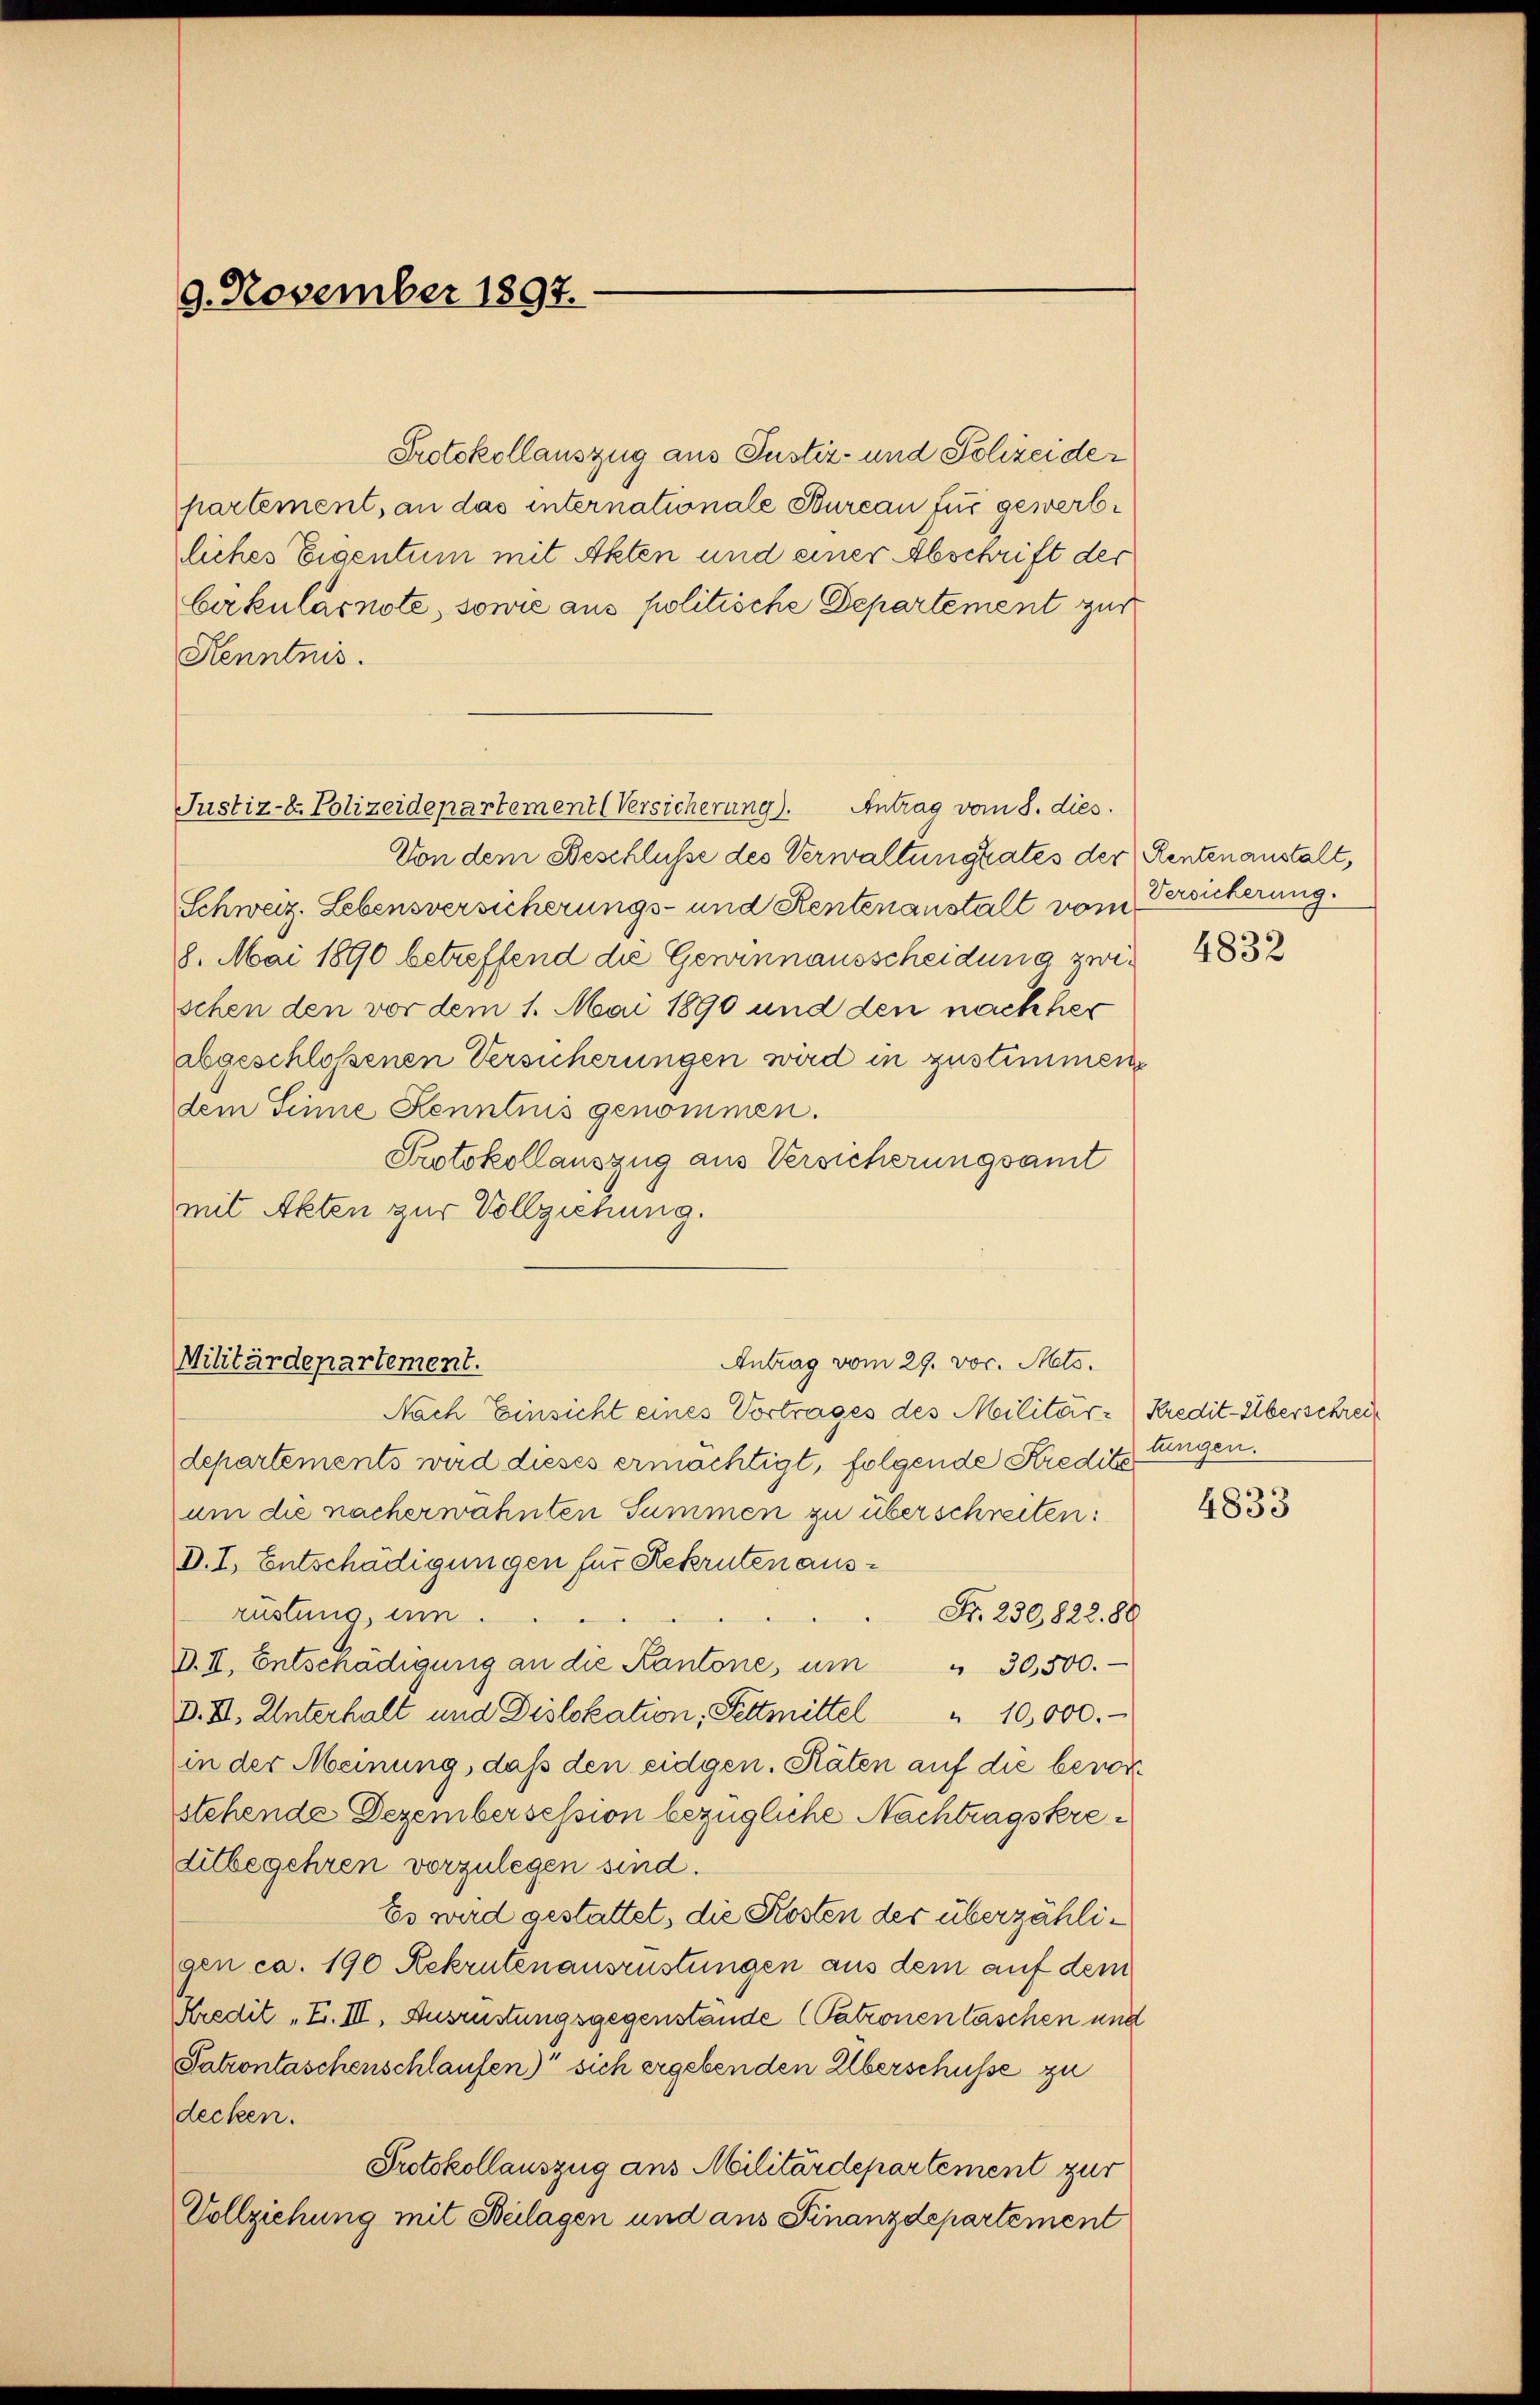
9. November 1897.

Protokollauszug aus Justiz- und Polizeide
partement, an das internationale Bureau für gewerbliches Eigentum mit Akten und einer Abschrift der
Cirkulärnote, sowie aus politische Departement zur
Kenntnis.
Justiz-E. Polizeidepartement (Versicherung). Antrag vom 8. dies
Von dem Beschlusse des Verwaltungsrates der Rentenanstalt,
Schweiz. Lebensversicherungs- und Rentenanstalt vom Versicherung.
8. Mai 1890 betreffend die Gewinnausscheidung zwischen den vor dem 1. Mai 1890 und den nachher
abgeschloßenen Versicherungen wird in zustimmen
dem Sinne Kenntnis genommen.
Protokollauszug aus Versicherungsamt
mit Akten zur Vollziehung.
Antrag vom 29. vor. Mts.
Militärdepartement.
Nach Einsicht eines Vortrages des Militär-Kredit-Überschreidepartements wird dieses ermächtigt, folgende Kredits Lungen.
um die nacherwähnten Summen zu überschreiten:
D. I., Entschädigungen für Rekruten ausrüstung, um
Fr. 230,822. 80
D.II. Entschädigŭng an die Kantone, ŭm " 30,500.
D. XI. Unterhalt und Dislokation, Fettmittel " 10,000.-
in der Meinung, daß den eidgen. Räten auf die bevorstehende Dezembersession bezügliche Nachtragskreditbegehren vorzulegen sind.
Es wird gestattet, die Kosten des überzähligen ca. 190 Rekrutenausrüstungen aus dem auf dem
Kredit „F. III. Ausrüstungsgegenstände (Patronen laschen und
Patrontaschenschlaufen) sich ergebenden Überschüsse zu
decken.
Protokollauszug aus Militärdepartement zur
Vollziehung mit Beilagen und aus Finanzdepartement

4832

4833